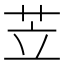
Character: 苙